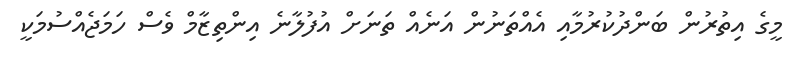
މީގެ އިތުރުން ބަންދުކުރުމާއި އެއްތަނުން އަނެއް ތަނަށް އުފުލާނެ އިންތިޒާމް ވެސް ހަމަޖެއްސުމަކީ